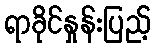
ရာခိုင်နှုန်းပြည့်